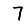
Digit: 7